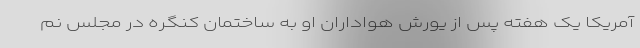
آمریکا یک هفته پس از یورش هواداران او به ساختمان کنگره در مجلس نم